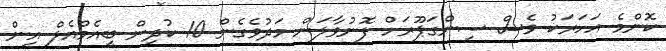
ކޮންމެ އަހަރަކު ވެސް ސިންގަޕޫރަށް ފޮނުވާލަން މަދުވެގެން 10 ކުދިން ބީއެމްއެލް އިން